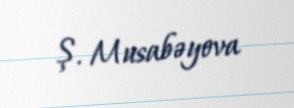
Ş. Musabəyova